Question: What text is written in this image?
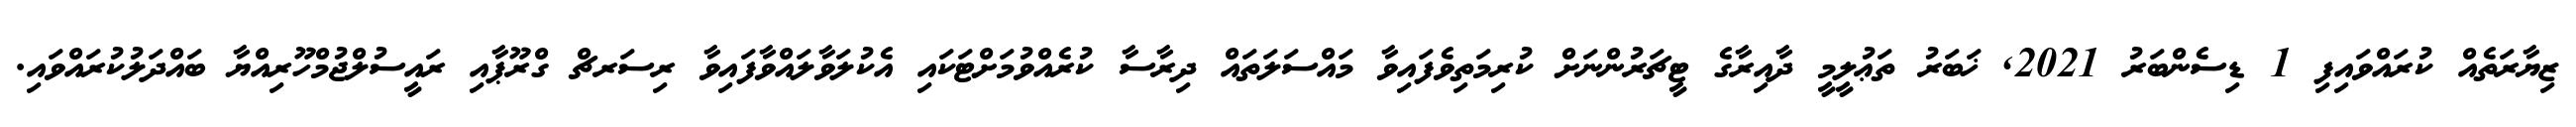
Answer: ޒިޔާރަތެއް ކުރައްވައިފި 1 ޑިސެންބަރު 2021, ޚަބަރު ތަޢުލީމީ ދާއިރާގެ ޓީޗަރުންނަށް ކުރިމަތިވެފައިވާ މައްސަލަތައް ދިރާސާ ކުރެއްވުމަށްޓަކައި އެކުލަވާލައްވާފައިވާ ރިސަރޗް ގްރޫޕާއި ރައީސުލްޖުމްހޫރިއްޔާ ބައްދަލުކުރައްވައި.